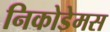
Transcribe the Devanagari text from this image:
निकोडेमस